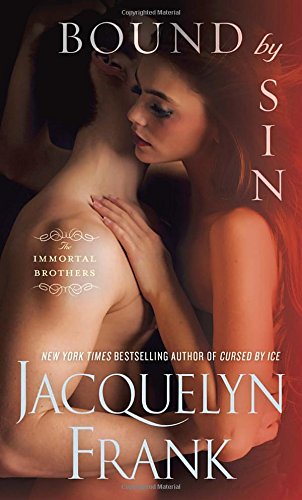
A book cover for Bound by Sin (The Immortal Brothers); Jacquelyn Frank; Romance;